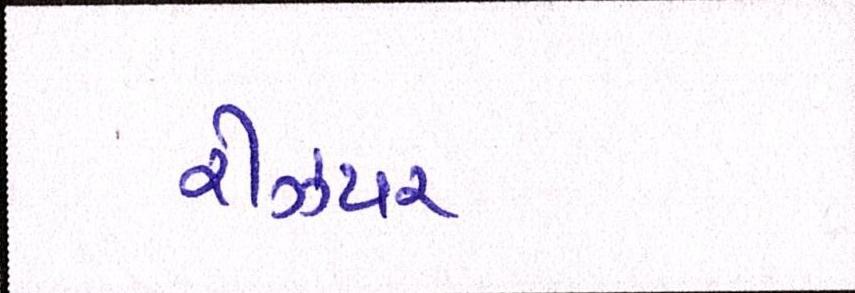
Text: રીઝપર